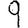
Digit: 9